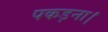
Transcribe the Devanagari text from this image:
पकड़ना।